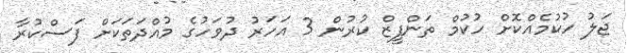
ޖަލު ހުކުމެއްކޮށް ހުކުމް ތަންފީޒް ކުރުން 3 އަހަރު ދުވަހުގެ މުއްދަތަކަށް ފަސްކުރާ